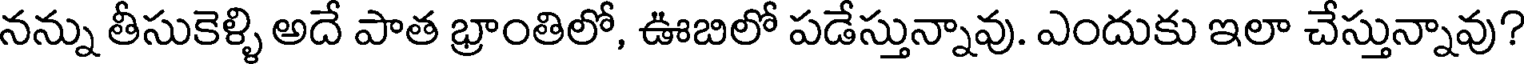
నన్ను తీసుకెళ్ళి అదే పాత భ్రాంతిలో, ఊబిలో పడేస్తున్నావు. ఎందుకు ఇలా చేస్తున్నావు?